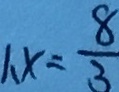
1 , x = \frac { 8 } { 3 }